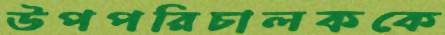
উপপরিচালককে